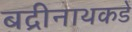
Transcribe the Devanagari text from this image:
बद्रीनाथकडे